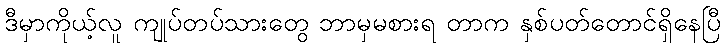
ဒီမှာကိုယ့်လူ ကျုပ်တပ်သားတွေ ဘာမှမစားရ တာက နှစ်ပတ်တောင်ရှိနေပြီ